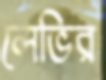
লেভির